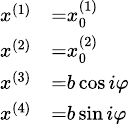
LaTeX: \scriptstyle{\begin{array}{rl}{x^{(1)}}&{{}=x_{0}^{(1)}}\\ {x^{(2)}}&{{}=x_{0}^{(2)}}\\ {x^{(3)}}&{{}=b\cos i\varphi}\\ {x^{(4)}}&{{}=b\sin i\varphi}\end{array}}